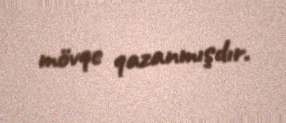
mövqe qazanmışdır.